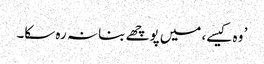
’ وہ کیسے، میں پوچھے بنا نہ رہ سکا۔